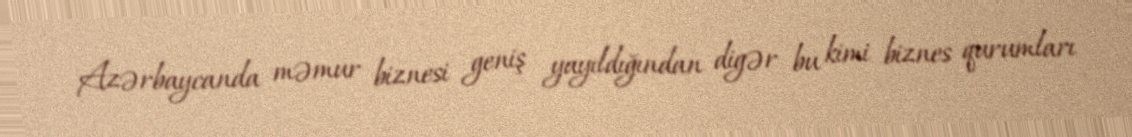
Azərbaycanda məmur biznesi geniş yayıldığından digər bu kimi biznes qurumları